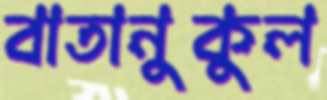
বাতানুকুল